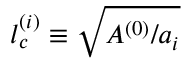
l _ { c } ^ { ( i ) } \equiv \sqrt { A ^ { ( 0 ) } / a _ { i } }